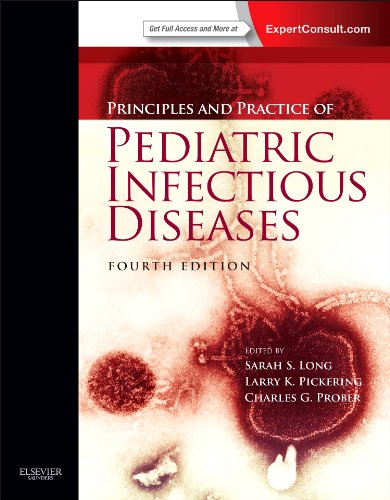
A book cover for Principles and Practice of Pediatric Infectious Diseases: Expert Consult - Online and Print, 4e; Sarah S. Long MD; Medical Books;